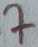
Text: 7